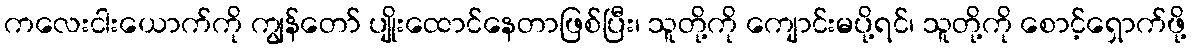
ကလေးငါးယောက်ကို ကျွန်တော် ပျိုးထောင်နေတာဖြစ်ပြီး၊ သူတို့ကို ကျောင်းမပို့ရင်၊ သူတို့ကို စောင့်ရှောက်ဖို့